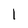
Character: l